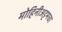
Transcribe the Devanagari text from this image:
मोहिनीअट्टमचा